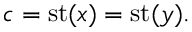
c = \operatorname { s t } ( x ) = \operatorname { s t } ( y ) .